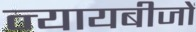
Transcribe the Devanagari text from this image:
न्यायबीजों